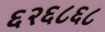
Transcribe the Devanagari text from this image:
६२६८६८